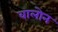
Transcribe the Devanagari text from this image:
वालोन